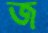
জ